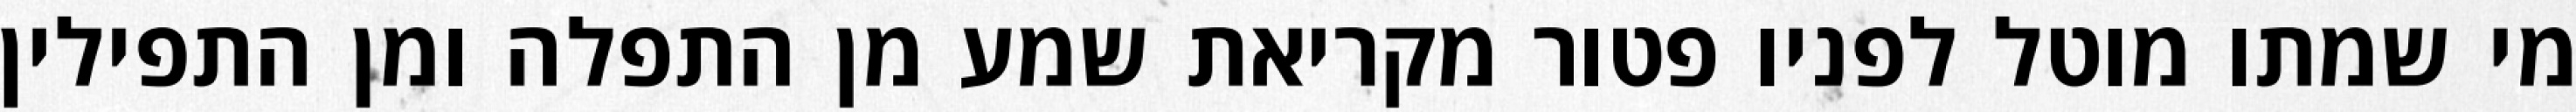
מי שמתו מוטל לפניו פטור מקריאת שמע מן התפלה ומן התפילין